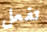
تفعل